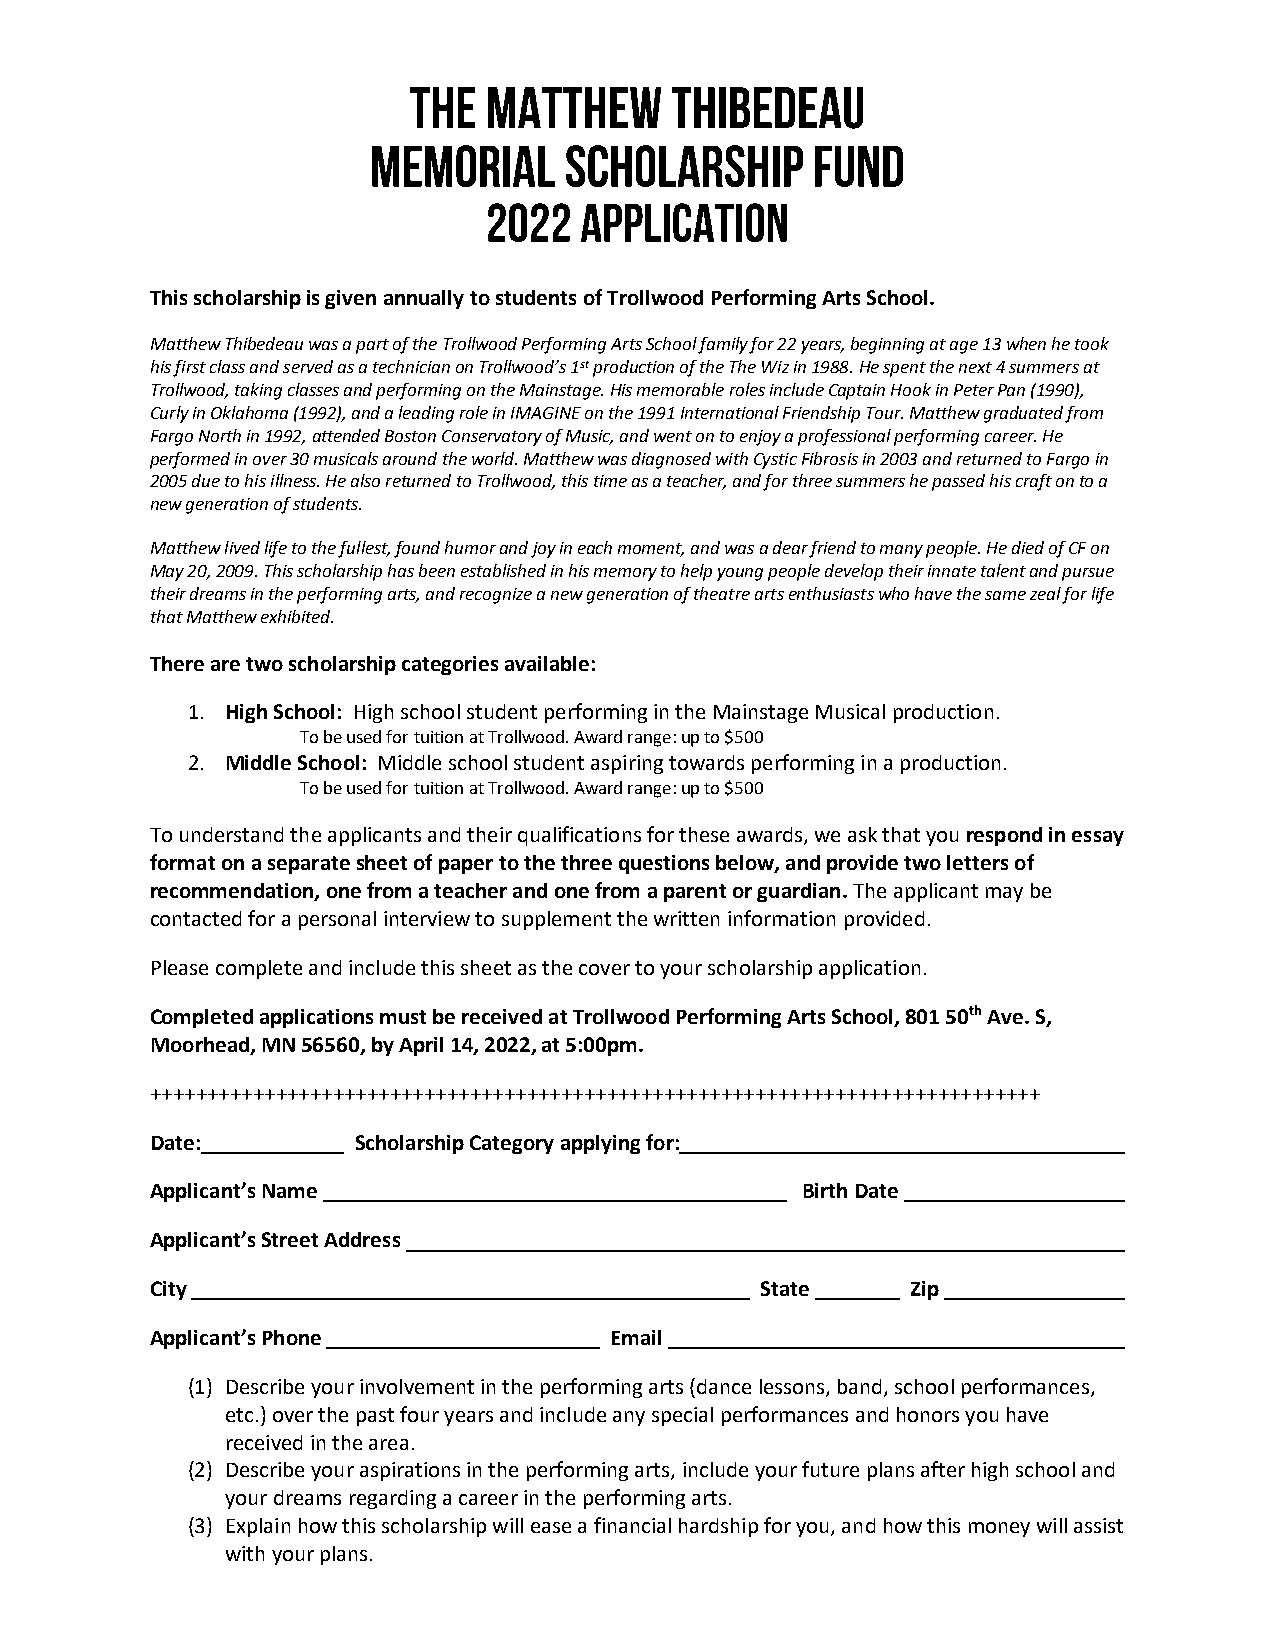
The  Matthew     Thibedeau
 Memorial     Scholarship      Fund
 2022  Application
 This scholarship is given annually to students of Trollwood Performing Arts School.
 Matthew Thibedeau was a part of the Trollwood Performing Arts School family for 22 years, beginning at age 13 when he took
 his first class and served as a technician on Trollwood’s 1st production of the The Wiz in 1988. He spent the next 4 summers at
 Trollwood, taking classes and performing on the Mainstage. His memorable roles include Captain Hook in Peter Pan (1990),
 Curly in Oklahoma (1992), and a leading role in IMAGINE on the 1991 International Friendship Tour. Matthew graduated from
 Fargo North in 1992, attended Boston Conservatory of Music, and went on to enjoy a professional performing career. He
 performed in over 30 musicals around the world. Matthew was diagnosed with Cystic Fibrosis in 2003 and returned to Fargo in
 2005 due to his illness. He also returned to Trollwood, this time as a teacher, and for three summers he passed his craft on to a
 new generation of students.
 Matthew lived life to the fullest, found humor and joy in each moment, and was a dear friend to many people. He died of CF on
 May 20, 2009. This scholarship has been established in his memory to help young people develop their innate talent and pursue
 their dreams in the performing arts, and recognize a new generation of theatre arts enthusiasts who have the same zeal for life
 that Matthew exhibited.
 There are two scholarship categories available:
 1. High School: High school student performing in the Mainstage Musical production.
 To be used for tuition at Trollwood. Award range: up to $500
 2. Middle School: Middle school student aspiring towards performing in a production.
 To be used for tuition at Trollwood. Award range: up to $500
 To understand the applicants and their qualifications for these awards, we ask that you respond in essay
 format on a separate sheet of paper to the three questions below, and provide two letters of
 recommendation, one from a teacher and one from a parent or guardian. The applicant may be
 contacted for a personal interview to supplement the written information provided.
 Please complete and include this sheet as the cover to your scholarship application.
 Completed applications must be received at Trollwood Performing Arts School, 801 50th Ave. S,
 Moorhead, MN 56560, by April 14, 2022, at 5:00pm.
 ++++++++++++++++++++++++++++++++++++++++++++++++++++++++++++++++++++++++++++++
 Date:        Scholarship Category applying for:
 Applicant’s Name                           Birth Date
 Applicant’s Street Address
 City                                    State     Zip
 Applicant’s Phone             Email
 (1) Describe your involvement in the performing arts (dance lessons, band, school performances,
 etc.) over the past four years and include any special performances and honors you have
 received in the area.
 (2) Describe your aspirations in the performing arts, include your future plans after high school and
 your dreams regarding a career in the performing arts.
 (3) Explain how this scholarship will ease a financial hardship for you, and how this money will assist
 with your plans.